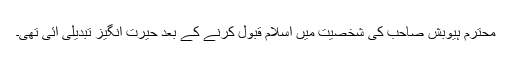
محترم ہیوبش صاحب کی شخصیت میں اسلام قبول کرنے کے بعد حیرت انگیز تبدیلی آئی تھی۔